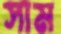
সাম